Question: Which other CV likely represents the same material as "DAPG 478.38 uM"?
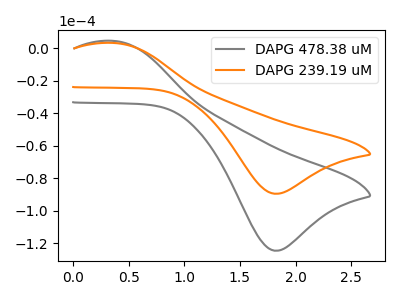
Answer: <think>The gray curve "DAPG 478.38 uM" has an anodic peak at (0.35V, 4.45uA) and a cathodic peak at (1.85V, -124.70uA). The orange curve "DAPG 239.19 uM" has an anodic peak at (0.35V, 3.20uA) and a cathodic peak at (1.85V, -89.60uA).
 All the peaks in "DAPG 478.38 uM" have a peak in "DAPG 239.19 uM" at the same potential. Every peak in "DAPG 478.38 uM" is higher than every peak in "DAPG 239.19 uM".</think>
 <answer>The CV with the most similar shape to "DAPG 239.19 uM" is "DAPG 478.38 uM".</answer>
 <eval>"DAPG 478.38 uM"</eval>